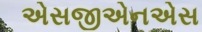
એસજીએનએસ